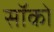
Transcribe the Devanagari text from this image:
सॉको